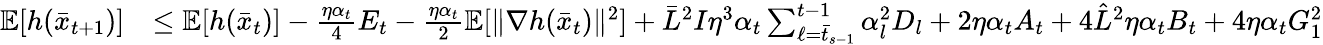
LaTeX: \begin{array}{rl}{\mathbb{E}[h(\bar{x}_{t+1})]}&{\leq\mathbb{E}[h(\bar{x}_{t})]-\frac{\eta\alpha_{t}}{4}E_{t}-\frac{\eta\alpha_{t}}{2}\mathbb{E}[\| \nabla h(\bar{x}_{t})\| ^{2}]+\bar{L}^{2}I\eta^{3}\alpha_{t}\sum_{\ell=\bar{t}_{s-1}}^{t-1}\alpha_{l}^{2}D_{l}+2\eta\alpha_{t}A_{t}+4\hat{L}^{2}\eta\alpha_{t}B_{t}+4\eta\alpha_{t}G_{1}^{2}}\end{array}